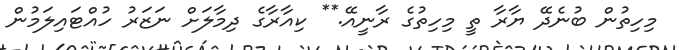
މިހިތުން ބުނެދޭ ޔާރާ ތީ މިހިތުގެ ރާނީއޭ.** ކިއާރާގެ ދިމާލަށް ނަޒަރު ހުއްޓައިލަމުން